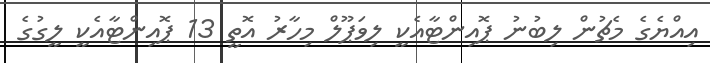
އިއްޔެގެ މެޗުން ލިބުނު ޕޮއިންޓާއެކީ ލިވަޕޫލް މިހާރު އޮތީ 13 ޕޮޮއިންޓާއެކީ ލީގުގެ